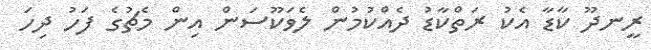
ރީނދޫ ކާޑާ އެކު ރަތްކާޑު ދެއްކުމުން ލެވަކޫސަން އިން މެޗުގެ ފަހު ދިހަ